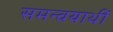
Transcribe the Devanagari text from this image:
समन्वयार्थी